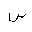
Letter: _sin